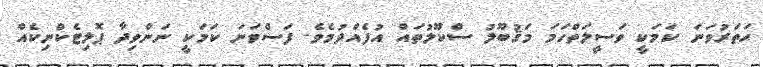
ހަތަރުވަނަ ކަމަކީ ވަސީލަތްހަމަ މަޤުބޫލު ސްކޫލުތައް އުފެއްދުމެވެ. ފަސްވަނަ ކަމަކީ ނަންވިދާ ޕޮލިޓެކްނިކެއް